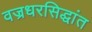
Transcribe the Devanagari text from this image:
वज्रधरसिद्धांत